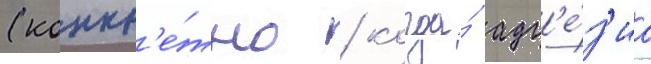
(конкр'е́тно / когда́ адг'е́з'иа